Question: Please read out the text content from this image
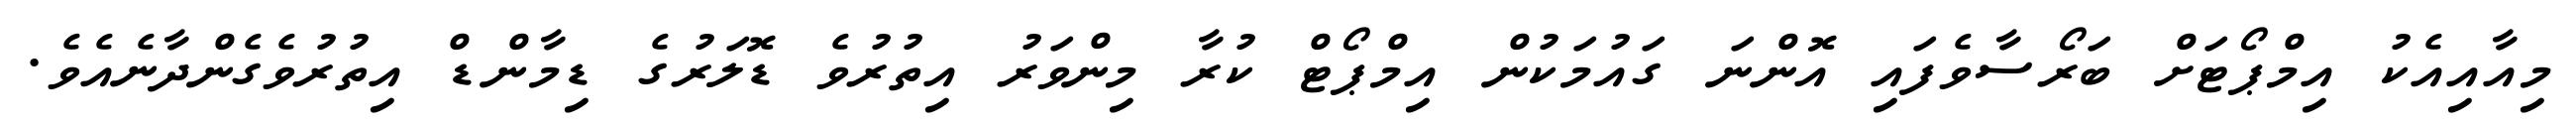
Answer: މިއާއިއެކު އިމްޕޯޓަށް ބަރޯސާވެފައި އޮންނަ ގައުމަކުން އިމްޕޯޓް ކުރާ މިންވަރު އިތުރުވެ ޑޮލަރުގެ ޑިމާންޑް އިތުރުވެގެންދާނެއެވެ.